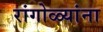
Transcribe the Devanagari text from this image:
रांगोळ्यांना